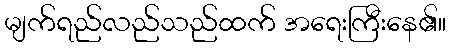
မျက်ရည်လည်သည်ထက် အရေးကြီးနေ၏။